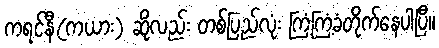
ကရင်နီ(ကယား) ဆိုလည်း တစ်ပြည်လုံး ကြံ့ကြံ့ခံတိုက်နေပါပြီ။